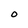
Character: O